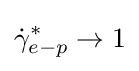
{\dot {\gamma }}_{e-p}^{*}\rightarrow 1